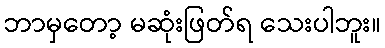
ဘာမှတော့ မဆုံးဖြတ်ရ သေးပါဘူး။